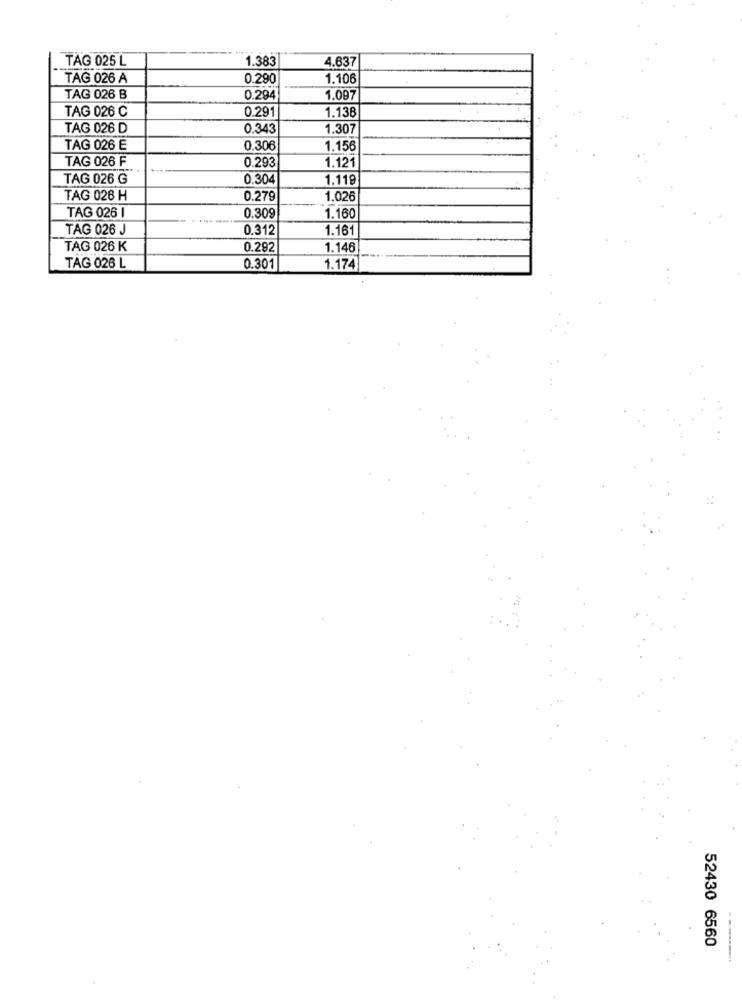
TAG 025 L
1.383
4.637
TAG 026 A
0.290
1.106
TAG 026 B
0.294
1.097
TAG 026 C
0.291
1.138
TAG 026 D
0.343
1.307
TAG 026 E
0.306
1.156
TAG 026 F
1.121
0.293
TAG 026 G
0.304
1.119
TAG 026 H
0.279
1.026
TAG 026 I
0.309
1.160
TAG 026 J
0.312
1.161
TAG 026 K
0.292
1.146
TAG 026 L
0.301
1.174
52430 6560